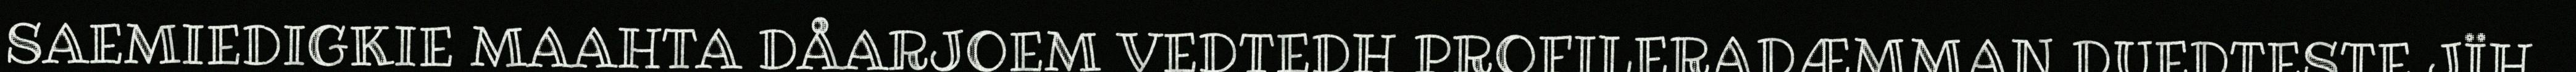
SAEMIEDIGKIE MAAHTA DÅARJOEM VEDTEDH PROFILERADÆMMAN DUEDTESTE JÏH